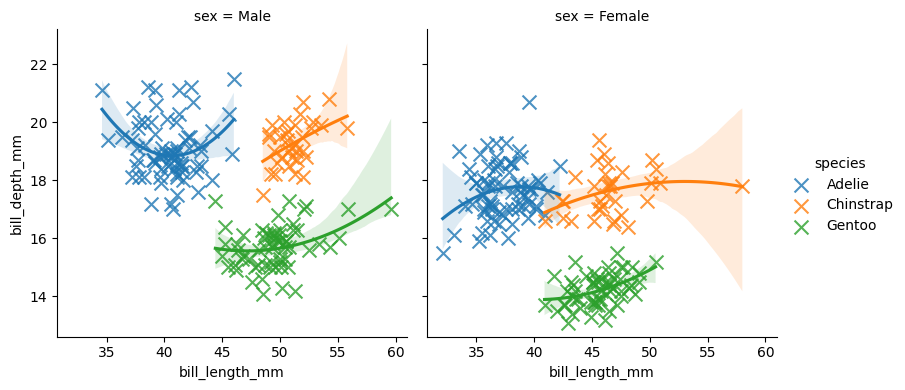
python, seaborn, lmplot, aspect=1.0, order=2, markers='x'